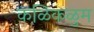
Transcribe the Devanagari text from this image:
कळिकळुम